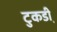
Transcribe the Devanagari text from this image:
टुकडी़